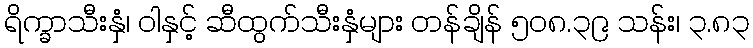
ရိက္ခာသီးနှံ၊ ဝါနှင့် ဆီထွက်သီးနှံများ တန်ချိန် ၅၀၈.၃၉ သန်း၊ ၃.၈၃